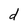
Character: d